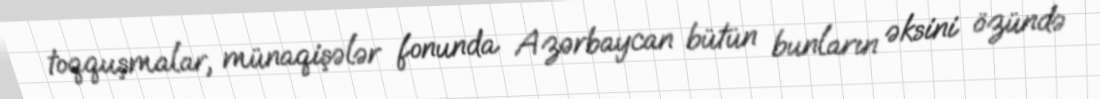
toqquşmalar, münaqişələr fonunda Azərbaycan bütün bunların əksini özündə